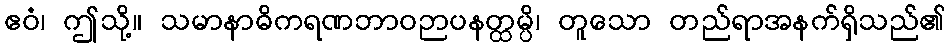
ဧဝံ၊ ဤသို့။ သမာနာဓိကရဏဘာဝဉာပနတ္ထမ္ပိ၊ တူသော တည်ရာအနက်ရှိသည်၏